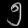
Digit: ၅